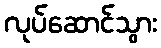
လုပ်ဆောင်သွား